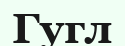
Гугл